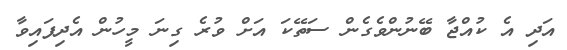
އަދި އެ ކުއްޖާ ބޭނުންވެގެން ސަތޭކަ އަށް ވުރެ ގިނަ މީހުން އެދިފައިވާ